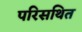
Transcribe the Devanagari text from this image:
परिसथित